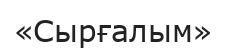
«Сырғалым»